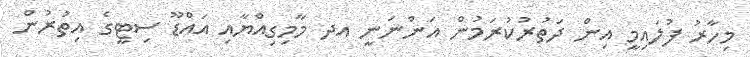
މިހާރު ފުލައިމީ އިން ދަތުރުކުރަމުން އަންނަނީ އދ މާމިގިއްޔާއި އައްޑޫ ސިޓީގެ އިތުރުން